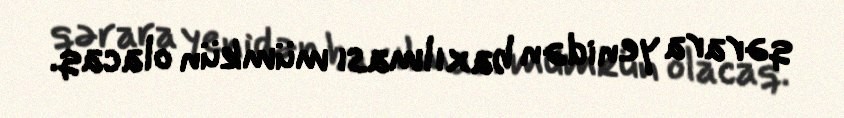
qərara yenidən baxılması mümkün olacaq.